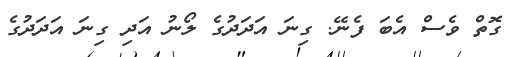
ގޮތް ވެސް އެބަ ފެނޭ. ގިނަ އަދަދުގެ ލޯނު އަދި ގިނަ އަދަދުގެ